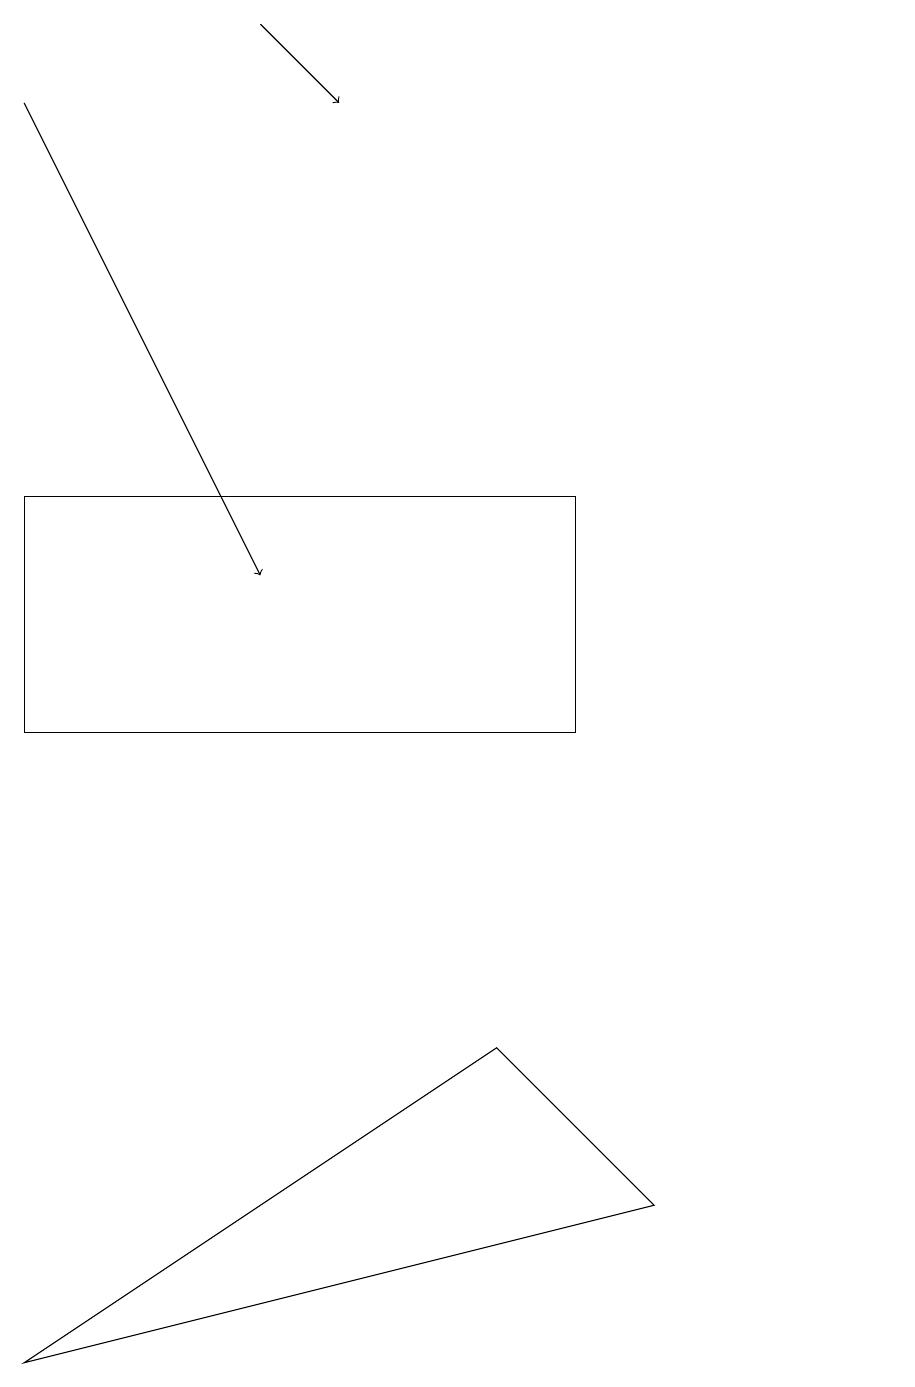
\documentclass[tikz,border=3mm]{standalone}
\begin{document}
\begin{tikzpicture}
\draw[->] (3,19) -- (4,18);
\draw[->] (0,18) -- (3,12);
\draw (6,6) -- (8,4) -- (0,2) -- cycle;
\draw (7,10) rectangle (0,13);
\draw (11,12) circle (0);
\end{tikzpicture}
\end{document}